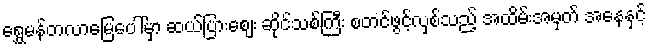
ရွှေမန်တလာမြေပေါ်မှာ ဆယ်ပြားစျေး ဆိုင်သစ်ကြီး စတင်ဖွင့်လှစ်သည့် အထိမ်းအမှတ် အနေနှင့်